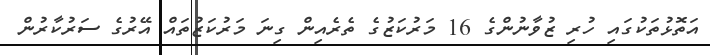
އަތޮޅުތަކުގައި ހުރި ޒުވާނުންގެ 16 މަރުކަޒުގެ ތެރެއިން ގިނަ މަރުކަޒުތައް އޭރުގެ ސަރުކާރުން